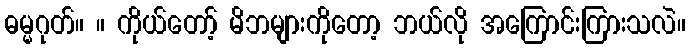
ဓမ္မဂုတ်။ ။ ကိုယ်တော့် မိဘများကိုတော့ ဘယ်လို အကြောင်းကြားသလဲ။